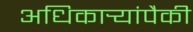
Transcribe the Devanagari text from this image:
अधिकार्‍यांपैकी